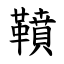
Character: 䩿